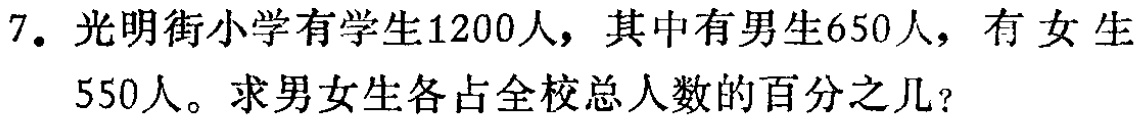
7. 光明街小学有学生1200人，其中有男生650人，有女生550人。求男女生各占全校总人数的百分之几？